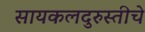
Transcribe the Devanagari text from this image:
सायकलदुरुस्तीचे